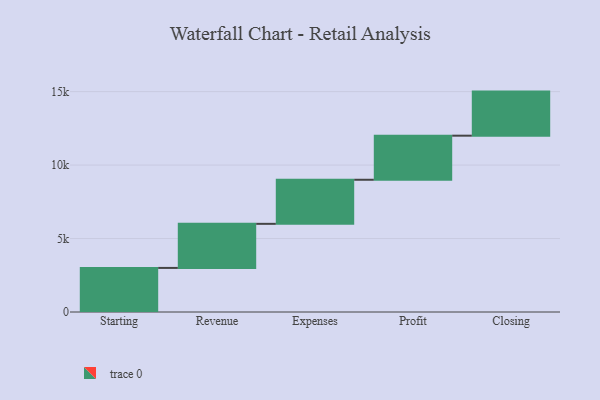
{"axis": {"x": "Step", "y": "Value"}, "legend": [""], "data": [{"x": "Starting", "y": 3000, "type": ""}, {"x": "Revenue", "y": 3000, "type": ""}, {"x": "Expenses", "y": 3000, "type": ""}, {"x": "Profit", "y": 3000, "type": ""}, {"x": "Closing", "y": 3000, "type": ""}]}